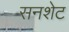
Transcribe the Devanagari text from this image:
सनशेट